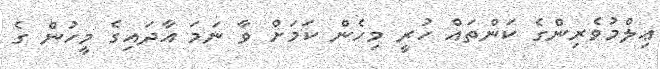
ޢިލްމުވެރިންގެ ކަންތައް ހުރީ މިހެން ކަމަށް ވާ ނަމަ އާދައިގެ މީހުން ގެ